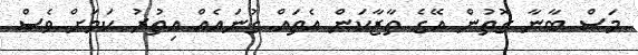
މަސް ބާނާ ގޮތުން އޭގެ ތާޒާކަން އެތައް ގުނައެއް އިތުރު ކަމަށް ވެސް